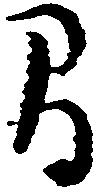
間